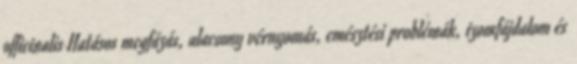
officinalis Hatásos megfázás, alacsony vérnyomás, emésztési problémák, izomfájdalom és